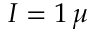
I = 1 \, \mu